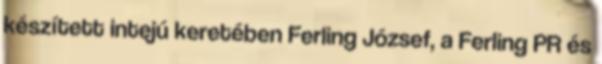
készített intejú keretében Ferling József, a Ferling PR és